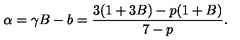
\alpha = \gamma B - b = \frac { 3 ( 1 + 3 B ) - p ( 1 + B ) } { 7 - p } .